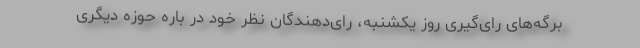
برگه‌های رای‌گیری روز یکشنبه، رای‌دهندگان نظر خود در باره حوزه دیگری